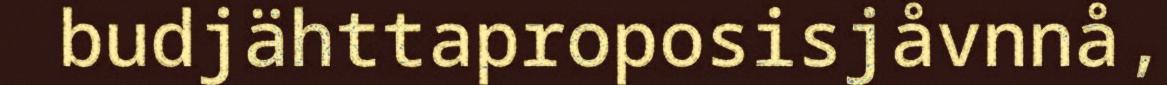
budjähttaproposisjåvnnå,